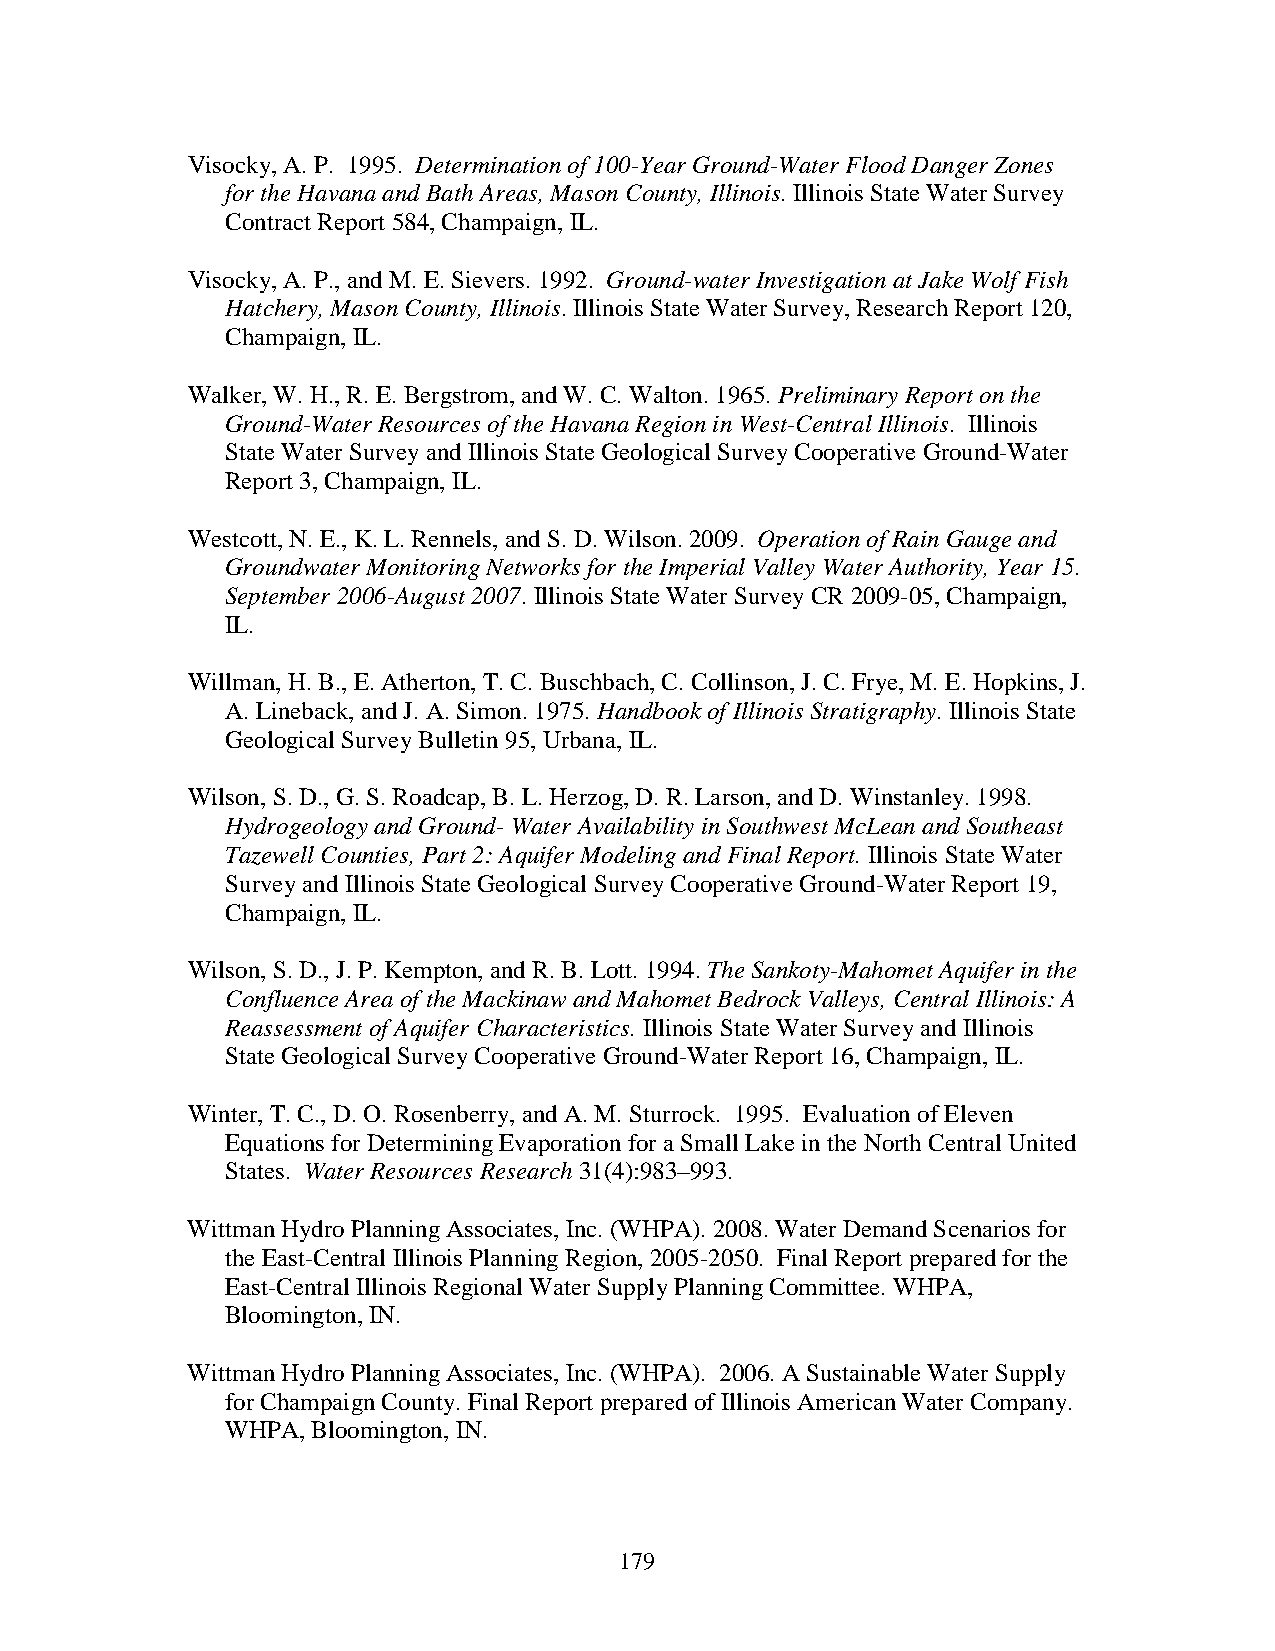
Visocky, A. P. 1995. Determination of 100-Year Ground-Water Flood Danger Zones
 for the Havana and Bath Areas, Mason County, Illinois. Illinois State Water Survey
 Contract Report 584, Champaign, IL.
 Visocky, A. P., and M. E. Sievers. 1992. Ground-water Investigation at Jake Wolf Fish
 Hatchery, Mason County, Illinois. Illinois State Water Survey, Research Report 120,
 Champaign, IL.
 Walker, W. H., R. E. Bergstrom, and W. C. Walton. 1965. Preliminary Report on the
 Ground-Water Resources of the Havana Region in West-Central Illinois. Illinois
 State Water Survey and Illinois State Geological Survey Cooperative Ground-Water
 Report 3, Champaign, IL.
 Westcott, N. E., K. L. Rennels, and S. D. Wilson. 2009. Operation of Rain Gauge and
 Groundwater Monitoring Networks for the Imperial Valley Water Authority, Year 15.
 September 2006-August 2007. Illinois State Water Survey CR 2009-05, Champaign,
 IL.
 Willman, H. B., E. Atherton, T. C. Buschbach, C. Collinson, J. C. Frye, M. E. Hopkins, J.
 A. Lineback, and J. A. Simon. 1975. Handbook of Illinois Stratigraphy. Illinois State
 Geological Survey Bulletin 95, Urbana, IL.
 Wilson, S. D., G. S. Roadcap, B. L. Herzog, D. R. Larson, and D. Winstanley. 1998.
 Hydrogeology and Ground- Water Availability in Southwest McLean and Southeast
 Tazewell Counties, Part 2: Aquifer Modeling and Final Report. Illinois State Water
 Survey and Illinois State Geological Survey Cooperative Ground-Water Report 19,
 Champaign, IL.
 Wilson, S. D., J. P. Kempton, and R. B. Lott. 1994. The Sankoty-Mahomet Aquifer in the
 Confluence Area of the Mackinaw and Mahomet Bedrock Valleys, Central Illinois: A
 Reassessment of Aquifer Characteristics. Illinois State Water Survey and Illinois
 State Geological Survey Cooperative Ground-Water Report 16, Champaign, IL.
 Winter, T. C., D. O. Rosenberry, and A. M. Sturrock. 1995. Evaluation of Eleven
 Equations for Determining Evaporation for a Small Lake in the North Central United
 States. Water Resources Research 31(4):983–993.
 Wittman Hydro Planning Associates, Inc. (WHPA). 2008. Water Demand Scenarios for
 the East-Central Illinois Planning Region, 2005-2050. Final Report prepared for the
 East-Central Illinois Regional Water Supply Planning Committee. WHPA,
 Bloomington, IN.
 Wittman Hydro Planning Associates, Inc. (WHPA). 2006. A Sustainable Water Supply
 for Champaign County. Final Report prepared of Illinois American Water Company.
 WHPA, Bloomington, IN.
 179